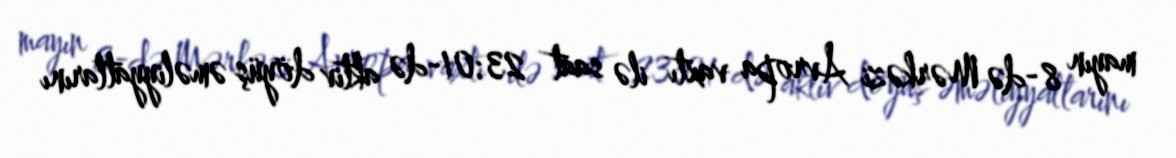
mayın 8-də Mərkəzi Avropa vaxtı ilə saat 23:01-də aktiv döyüş əməliyyatlarını